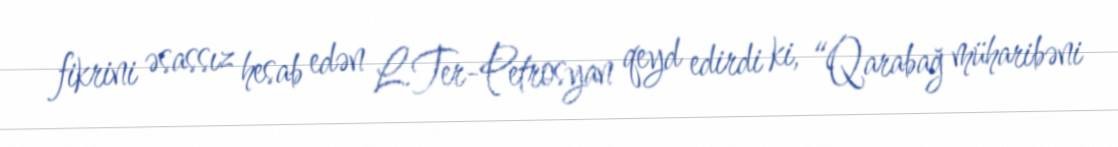
fikrini əsassız hesab edən L.Ter-Petrosyan qeyd edirdi ki, “Qarabağ müharibəni